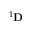
^ { 1 } \mathbf { D }